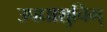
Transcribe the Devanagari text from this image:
उपधाशुचिम्